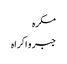
مکرہ
جبر و اکراہ